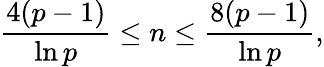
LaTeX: {\frac{4(p-1)}{\ln p}}\leq n\leq{\frac{8(p-1)}{\ln p}},